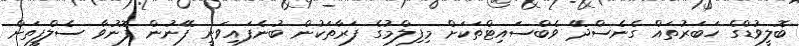
ބޮލީވުޑްގެ ހަބަރުތައް ގެނެސްދޭ ވެބްސައިޓްތަކަށް މިފިލްމުގެ ފަރާތަކުން ބުނެފައިވަނީ ފޭނުން ފޮނުވާ ސެލްފީތަށް